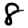
Digit: 8